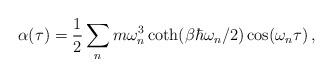
LaTeX: \begin{align*}\alpha(\tau) = \frac{1}{2}\sum_{n}m\omega_{n}^{3}\coth (\beta\hbar\omega_{n}/2)\cos(\omega_{n}\tau) \, ,\end{align*}